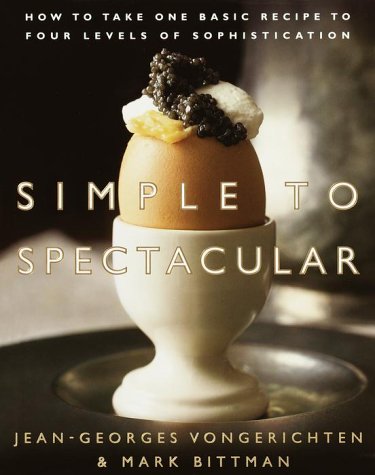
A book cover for Simple to Spectacular: How to Take One Basic Recipe to Four Levels of Sophistication; Jean-Georges Vongerichten; Cookbooks, Food & Wine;